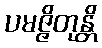
ပမဇ္ဇိတုန္တိ